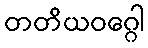
တတိယဝဂ္ဂေါ